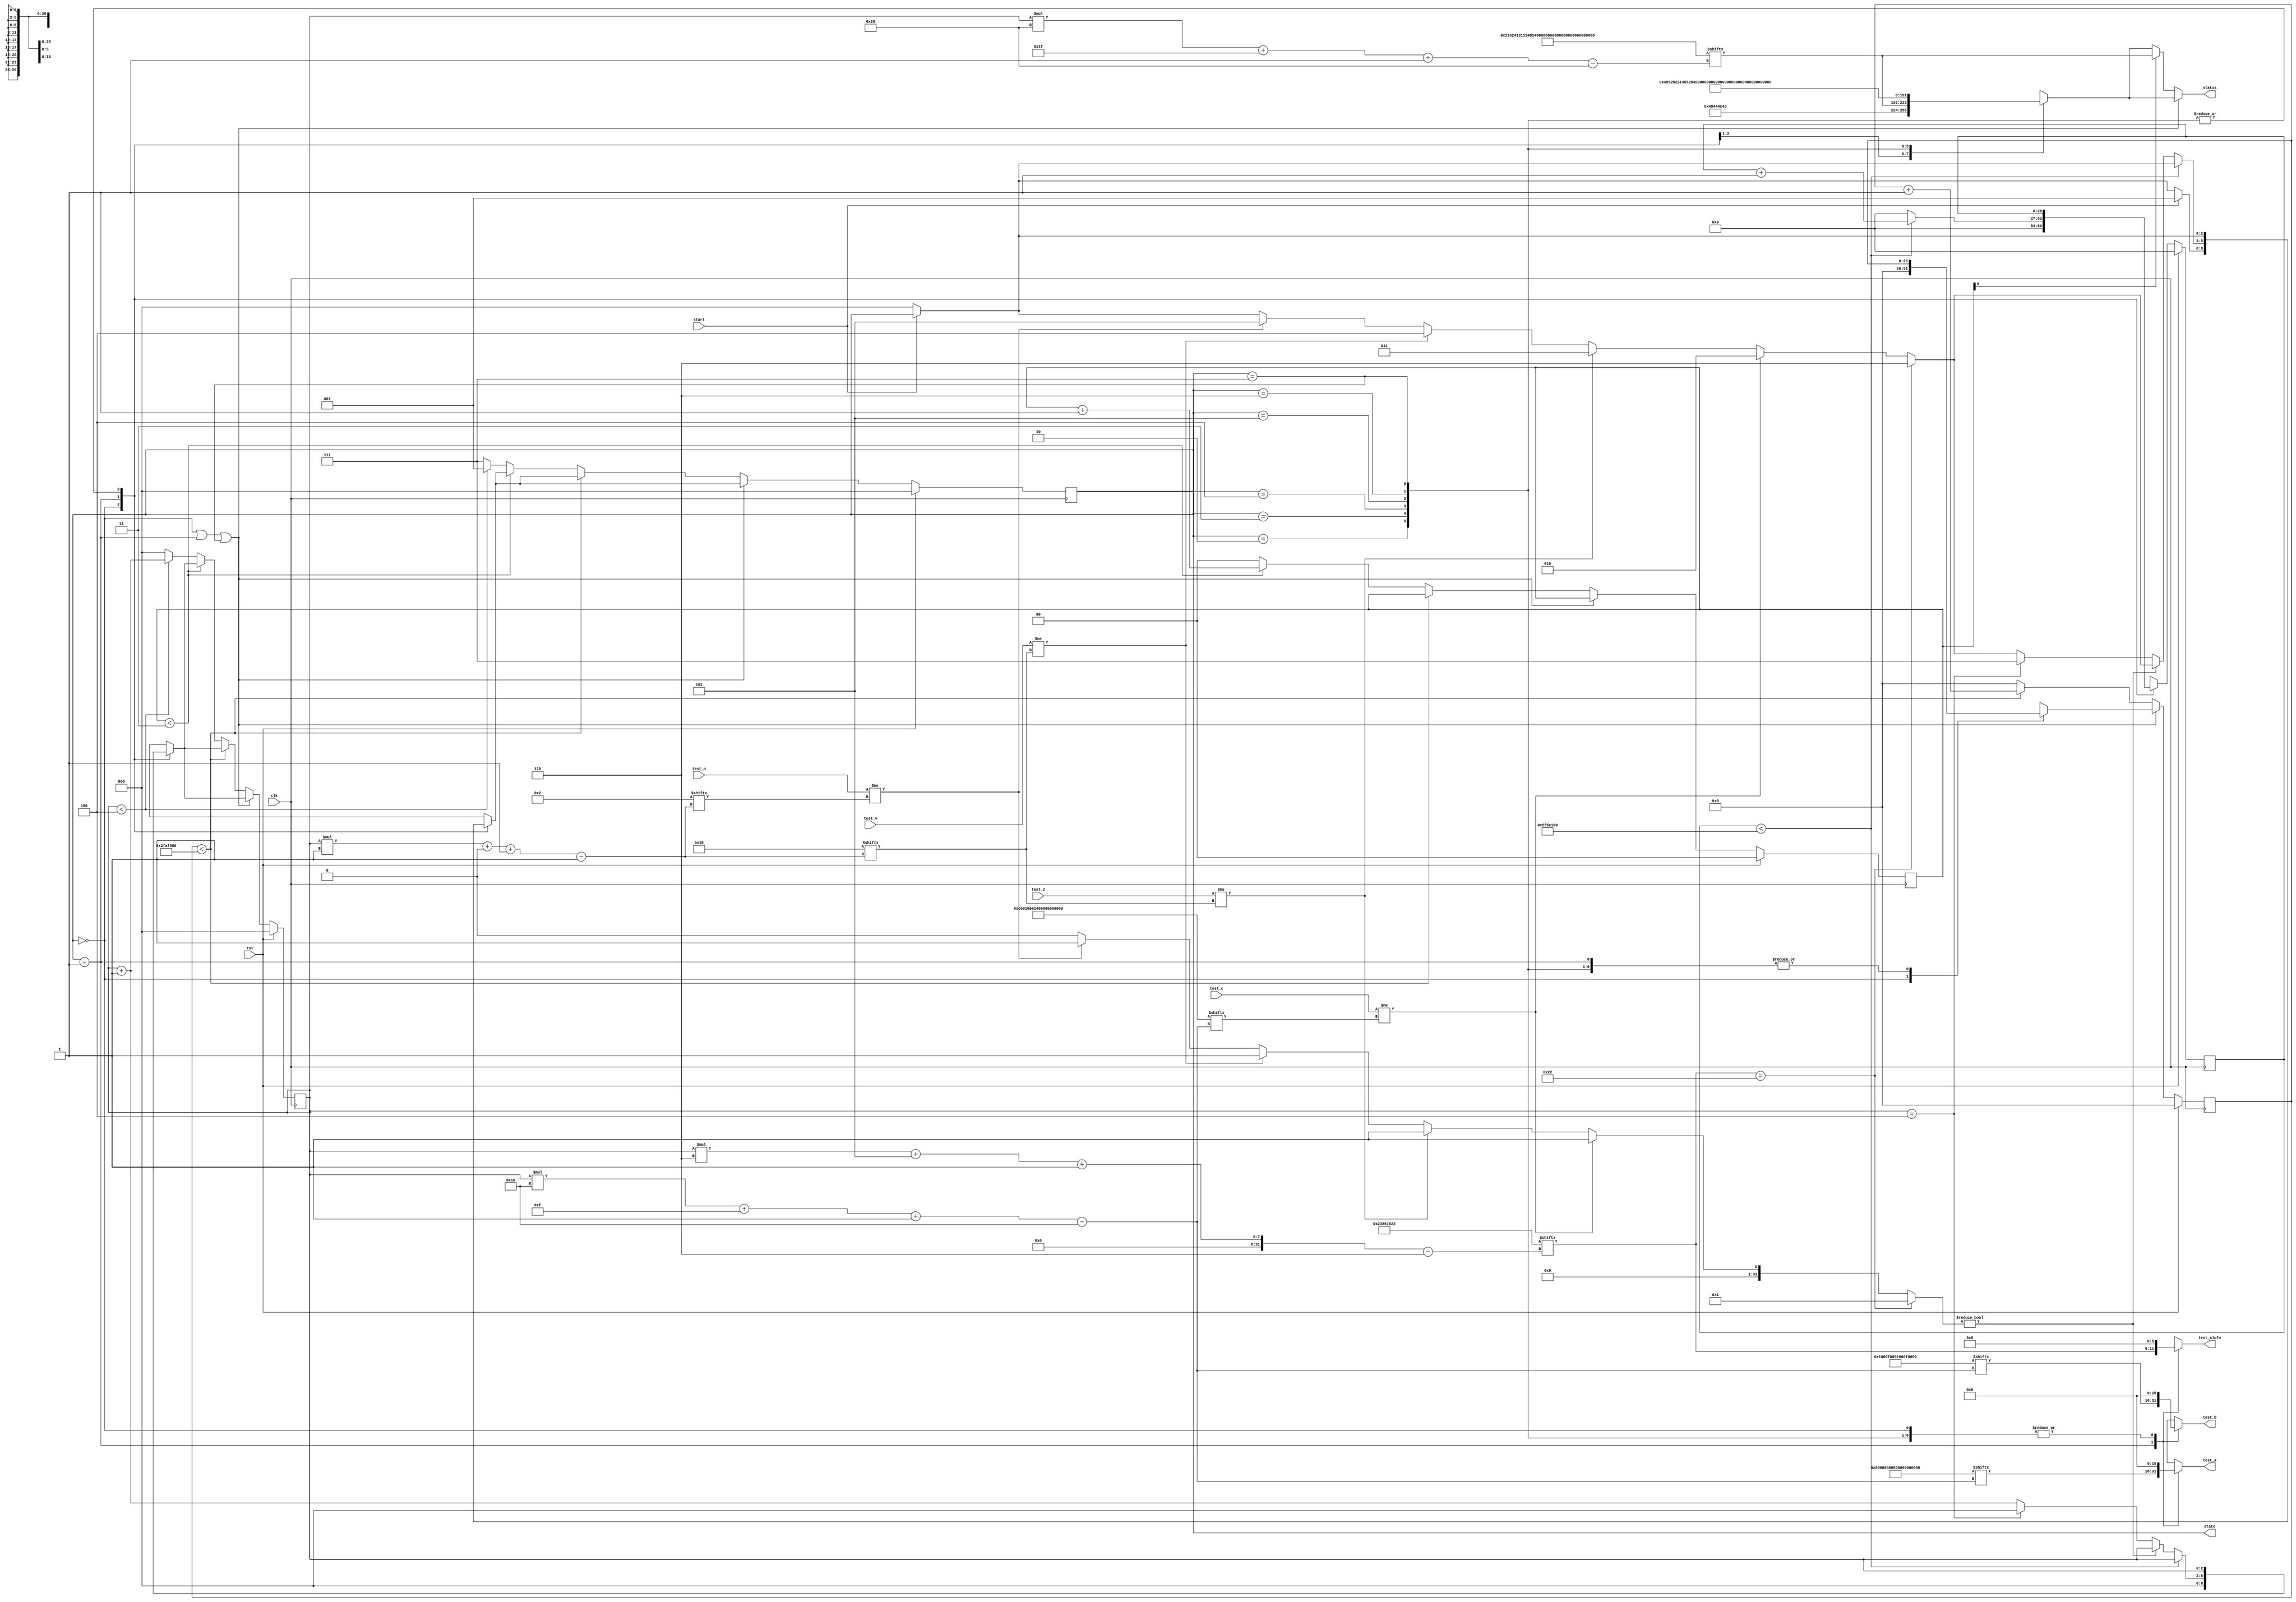
/*
   This file was generated automatically by the Mojo IDE version B1.3.6.
   Do not edit this file directly. Instead edit the original Lucid source.
   This is a temporary file and any changes made to it will be destroyed.
*/

/*
   Parameters:
     NUM_TEST_CASES = 5
     TEST_NAME = TestCasesROM.SHIFTER_FAIL_NAME
     TEST_A = TestCasesROM.SHIFTER_FAIL_A
     TEST_B = TestCasesROM.SHIFTER_FAIL_B
     TEST_ALUFN = TestCasesROM.SHIFTER_FAIL_ALUFN
     TEST_C = TestCasesROM.SHIFTER_FAIL_C
     TEST_Z = TestCasesROM.SHIFTER_FAIL_Z
     TEST_V = TestCasesROM.SHIFTER_FAIL_V
     TEST_N = TestCasesROM.SHIFTER_FAIL_N
     INVALID_ALUFN = TestCasesROM.SHIFTER_INVALID_ALUFN
     BYPASS_FAIL = 1
     NUM_TEST_SECS = 2
     NUM_FAIL_SECS = 1
     NUM_FAIL_BLINKS = 2
*/
module tester_19 (
    input clk,
    input rst,
    input start,
    input [15:0] test_c,
    input test_z,
    input test_v,
    input test_n,
    output reg [15:0] test_a,
    output reg [15:0] test_b,
    output reg [5:0] test_alufn,
    output reg [2:0] state,
    output reg [31:0] status
  );
  
  localparam NUM_TEST_CASES = 3'h5;
  localparam TEST_NAME = 160'h53524131534852325348523153484c3253484c31;
  localparam TEST_A = 80'h80008000800000010001;
  localparam TEST_B = 80'h0001000f0001000f0001;
  localparam TEST_ALUFN = 30'h23861822;
  localparam TEST_C = 80'hc0010001400080000002;
  localparam TEST_Z = 5'h18;
  localparam TEST_V = 5'h18;
  localparam TEST_N = 5'h02;
  localparam INVALID_ALUFN = 24'hbaa9a2;
  localparam BYPASS_FAIL = 1'h1;
  localparam NUM_TEST_SECS = 2'h2;
  localparam NUM_FAIL_SECS = 1'h1;
  localparam NUM_FAIL_BLINKS = 2'h2;
  
  
  localparam NUM_TEST_TIMER_CYCLES = 28'h5f5e100;
  
  localparam NUM_FAIL_TIMER_CYCLES = 26'h2faf080;
  
  reg [31:0] next_status;
  
  integer i;
  
  integer failed;
  
  reg [26:0] M_display_test_timer_d, M_display_test_timer_q = 1'h0;
  reg [25:0] M_display_fail_timer_d, M_display_fail_timer_q = 1'h0;
  reg [1:0] M_fail_blink_ctr_d, M_fail_blink_ctr_q = 1'h0;
  reg [2:0] M_tester_ctr_d, M_tester_ctr_q = 1'h0;
  localparam IDLE_tester_state = 3'd0;
  localparam TEST_tester_state = 3'd1;
  localparam FAIL_C_tester_state = 3'd2;
  localparam FAIL_Z_tester_state = 3'd3;
  localparam FAIL_V_tester_state = 3'd4;
  localparam FAIL_N_tester_state = 3'd5;
  localparam FAIL_ALUFN_tester_state = 3'd6;
  localparam DONE_tester_state = 3'd7;
  
  reg [2:0] M_tester_state_d, M_tester_state_q = IDLE_tester_state;
  
  always @* begin
    M_tester_state_d = M_tester_state_q;
    M_display_fail_timer_d = M_display_fail_timer_q;
    M_display_test_timer_d = M_display_test_timer_q;
    M_fail_blink_ctr_d = M_fail_blink_ctr_q;
    M_tester_ctr_d = M_tester_ctr_q;
    
    status = 32'h00000000;
    test_a = 1'h0;
    test_b = 1'h0;
    test_alufn = 1'h0;
    if (!start) begin
      M_tester_state_d = IDLE_tester_state;
    end
    state = M_tester_state_q;
    next_status = 32'h4e554c4c;
    
    case (M_tester_state_q)
      IDLE_tester_state: begin
        M_display_test_timer_d = 1'h0;
        M_display_fail_timer_d = 1'h0;
        M_tester_ctr_d = 1'h0;
        next_status = 32'h49444c45;
        if (start) begin
          M_tester_state_d = TEST_tester_state;
        end
      end
      TEST_tester_state: begin
        next_status = TEST_NAME[(M_tester_ctr_q)*32+31-:32];
        test_a = TEST_A[(M_tester_ctr_q)*16+15-:16];
        test_b = TEST_B[(M_tester_ctr_q)*16+15-:16];
        test_alufn = TEST_ALUFN[(M_tester_ctr_q)*6+5-:6];
        if (M_display_test_timer_q < 28'h5f5e100) begin
          M_display_test_timer_d = M_display_test_timer_q + 1'h1;
        end else begin
          M_display_test_timer_d = 1'h0;
          failed = 1'h0;
          if (test_c != TEST_C[(M_tester_ctr_q)*16+15-:16]) begin
            failed = 1'h1;
            M_tester_state_d = FAIL_C_tester_state;
          end else begin
            if (test_z != TEST_Z[(M_tester_ctr_q)*1+0-:1]) begin
              failed = 1'h1;
              M_tester_state_d = FAIL_Z_tester_state;
            end else begin
              if (test_v != TEST_V[(M_tester_ctr_q)*1+0-:1]) begin
                failed = 1'h1;
                M_tester_state_d = FAIL_V_tester_state;
              end else begin
                if (test_n != TEST_N[(M_tester_ctr_q)*1+0-:1]) begin
                  failed = 1'h1;
                  M_tester_state_d = FAIL_N_tester_state;
                end
              end
            end
          end
          for (i = 1'h0; i < 3'h1; i = i + 1) begin
            if (TEST_ALUFN[(M_tester_ctr_q)*6+5-:6] == INVALID_ALUFN[(i)*6+5-:6]) begin
              failed = 1'h1;
              M_tester_state_d = FAIL_ALUFN_tester_state;
            end
          end
          if (failed) begin
            failed = 1'h0;
          end else begin
            if (M_tester_ctr_q == 4'h4) begin
              M_tester_state_d = DONE_tester_state;
              M_tester_ctr_d = 1'h0;
            end else begin
              M_tester_ctr_d = M_tester_ctr_q + 1'h1;
            end
          end
        end
      end
      FAIL_C_tester_state: begin
        next_status = 32'h45525231;
      end
      FAIL_Z_tester_state: begin
        next_status = 32'h45525232;
      end
      FAIL_V_tester_state: begin
        next_status = 32'h45525233;
      end
      FAIL_N_tester_state: begin
        next_status = 32'h45525234;
      end
      FAIL_ALUFN_tester_state: begin
        next_status = 32'h45525235;
      end
      DONE_tester_state: begin
        next_status = 32'h444f4e45;
      end
    endcase
    if (M_tester_state_q == IDLE_tester_state | M_tester_state_q == TEST_tester_state | M_tester_state_q == DONE_tester_state) begin
      status = next_status;
    end else begin
      if (~M_fail_blink_ctr_q[0+0-:1]) begin
        status = next_status;
      end else begin
        status = TEST_NAME[(M_tester_ctr_q)*32+31-:32];
      end
      if (M_display_fail_timer_q < 26'h2faf080) begin
        M_display_fail_timer_d = M_display_fail_timer_q + 1'h1;
      end else begin
        M_display_fail_timer_d = 1'h0;
        if (1'h0) begin
          M_fail_blink_ctr_d = M_fail_blink_ctr_q + 1'h1;
        end else begin
          if (M_fail_blink_ctr_q < 5'h03) begin
            M_fail_blink_ctr_d = M_fail_blink_ctr_q + 1'h1;
          end else begin
            M_fail_blink_ctr_d = 1'h0;
            if (M_tester_ctr_q < 4'h4) begin
              M_tester_state_d = TEST_tester_state;
              M_tester_ctr_d = M_tester_ctr_q + 1'h1;
            end else begin
              M_tester_state_d = DONE_tester_state;
              M_tester_ctr_d = 1'h0;
            end
          end
        end
      end
    end
  end
  
  always @(posedge clk) begin
    if (rst == 1'b1) begin
      M_display_test_timer_q <= 1'h0;
      M_display_fail_timer_q <= 1'h0;
      M_fail_blink_ctr_q <= 1'h0;
      M_tester_ctr_q <= 1'h0;
      M_tester_state_q <= 1'h0;
    end else begin
      M_display_test_timer_q <= M_display_test_timer_d;
      M_display_fail_timer_q <= M_display_fail_timer_d;
      M_fail_blink_ctr_q <= M_fail_blink_ctr_d;
      M_tester_ctr_q <= M_tester_ctr_d;
      M_tester_state_q <= M_tester_state_d;
    end
  end
  
endmodule